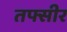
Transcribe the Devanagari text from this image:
तफ्सीर